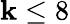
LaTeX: \mathbf{k}\leq8